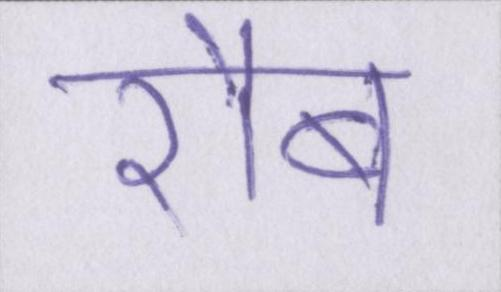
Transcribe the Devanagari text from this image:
रौब